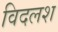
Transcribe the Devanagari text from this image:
विदलश